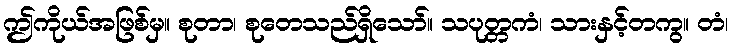
ဤကိုယ်အဖြစ်မှ။ စုတာ၊ စုတေသည်ရှိသော်။ သပုတ္တကံ၊ သားနှင့်တကွ။ တံ၊